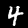
Label: 4